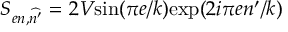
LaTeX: S _ { e n , \widehat { n ^ { \prime } } } = 2 V \mathrm { s i n } ( \pi e / k ) \mathrm { e x p } ( 2 i \pi e n ^ { \prime } / k )